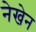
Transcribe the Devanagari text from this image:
नेखेन